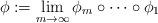
LaTeX: \begin{align*}\phi:=\lim_{m\rightarrow \infty}\phi_m\circ\cdots\circ\phi_1\end{align*}